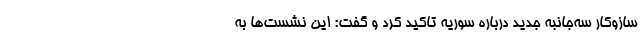
سازوکار سه‌جانبه جدید درباره سوریه تاکید کرد و گفت: این نشست‌ها به